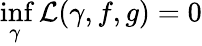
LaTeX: \underset{\gamma}{\operatorname*{inf}}\mathcal{L}(\gamma,f,g)=0